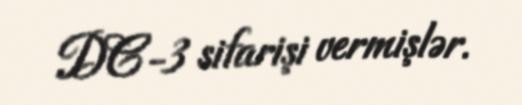
DC-3 sifarişi vermişlər.